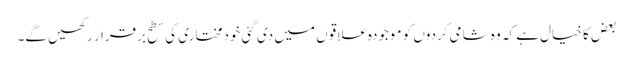
بعض کا خیال ہے کہ وہ شامی کردوں کو موجودہ علاقوں میں دی گئی خودمختاری کی سطح برقرار رکھیں گے۔